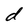
Character: d